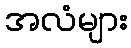
အလံများ